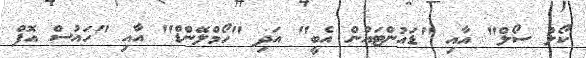
ކޯލް ސޯލް" އާއި "ޑައުންޓައުން އެބީ" އަދި "ހޯމްލޭންޑް" އާއި "ހައުސް އޮފް